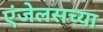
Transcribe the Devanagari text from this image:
एंजेलसच्या